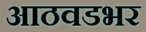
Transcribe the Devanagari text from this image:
आठवडभर